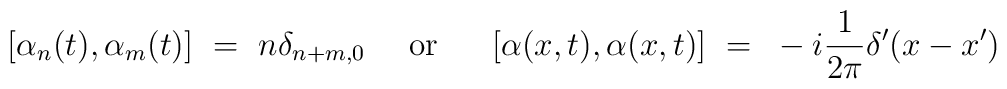
[\alpha_n (t),\alpha_m (t)]~=~n\delta_{n+m,0}~~~~{\rm or}~~~~~[\alpha(x,t),\alpha(x,t)]~=~-i{1\over 2\pi} \delta'(x-x')